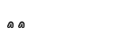
٦٣